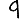
Digit: 9